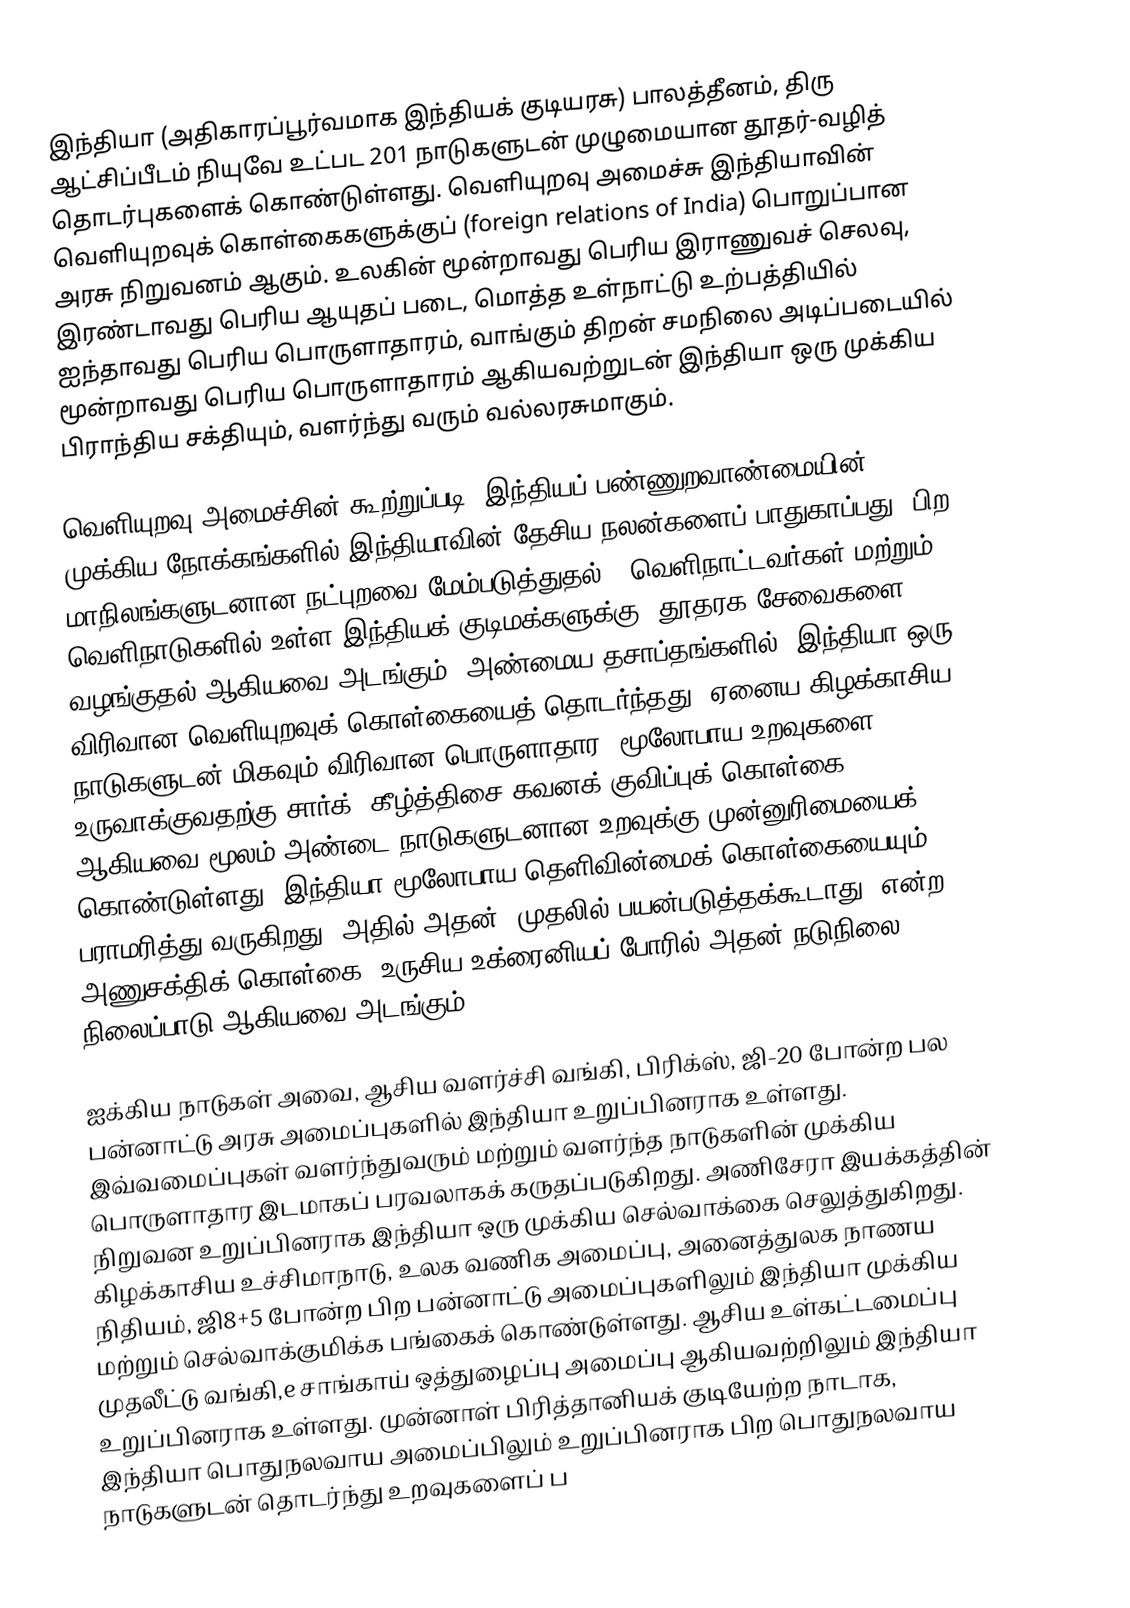
இந்தியா (அதிகாரப்பூர்வமாக இந்தியக் குடியரசு) பாலத்தீனம், திரு ஆட்சிப்பீடம் நியுவே உட்பட 201 நாடுகளுடன் முழுமையான தூதர்-வழித் தொடர்புகளைக் கொண்டுள்ளது. வெளியுறவு அமைச்சு இந்தியாவின் வெளியுறவுக் கொள்கைகளுக்குப் (foreign relations of India) பொறுப்பான அரசு நிறுவனம் ஆகும். உலகின் மூன்றாவது பெரிய இராணுவச் செலவு, இரண்டாவது பெரிய ஆயுதப் படை, மொத்த உள்நாட்டு உற்பத்தியில் ஐந்தாவது பெரிய பொருளாதாரம், வாங்கும் திறன் சமநிலை அடிப்படையில் மூன்றாவது பெரிய பொருளாதாரம் ஆகியவற்றுடன் இந்தியா ஒரு முக்கிய பிராந்திய சக்தியும், வளர்ந்து வரும் வல்லரசுமாகும்.

வெளியுறவு அமைச்சின் கூற்றுப்படி, இந்தியப் பண்ணுறவாண்மையின் முக்கிய நோக்கங்களில் இந்தியாவின் தேசிய நலன்களைப் பாதுகாப்பது, பிற மாநிலங்களுடனான நட்புறவை மேம்படுத்துதல், "வெளிநாட்டவர்கள் மற்றும் வெளிநாடுகளில் உள்ள இந்தியக் குடிமக்களுக்கு" தூதரக சேவைகளை வழங்குதல் ஆகியவை அடங்கும். அண்மைய தசாப்தங்களில், இந்தியா ஒரு விரிவான வெளியுறவுக் கொள்கையைத் தொடர்ந்தது. ஏனைய கிழக்காசிய நாடுகளுடன் மிகவும் விரிவான பொருளாதார, மூலோபாய உறவுகளை உருவாக்குவதற்கு சார்க், கீழ்த்திசை கவனக் குவிப்புக் கொள்கை ஆகியவை மூலம் அண்டை நாடுகளுடனான உறவுக்கு முன்னுரிமையைக் கொண்டுள்ளது. இந்தியா மூலோபாய தெளிவின்மைக் கொள்கையையும் பராமரித்து வருகிறது, அதில் அதன் "முதலில் பயன்படுத்தக்கூடாது" என்ற அணுசக்திக் கொள்கை, உருசிய-உக்ரைனியப் போரில் அதன் நடுநிலை நிலைப்பாடு ஆகியவை அடங்கும்.

ஐக்கிய நாடுகள் அவை, ஆசிய வளர்ச்சி வங்கி, பிரிக்ஸ், ஜி-20 போன்ற பல பன்னாட்டு அரசு அமைப்புகளில் இந்தியா உறுப்பினராக உள்ளது. இவ்வமைப்புகள் வளர்ந்துவரும் மற்றும் வளர்ந்த நாடுகளின் முக்கிய பொருளாதார இடமாகப் பரவலாகக் கருதப்படுகிறது. அணிசேரா இயக்கத்தின் நிறுவன உறுப்பினராக இந்தியா ஒரு முக்கிய செல்வாக்கை செலுத்துகிறது. கிழக்காசிய உச்சிமாநாடு, உலக வணிக அமைப்பு, அனைத்துலக நாணய நிதியம், ஜி8+5 போன்ற பிற பன்னாட்டு அமைப்புகளிலும் இந்தியா முக்கிய மற்றும் செல்வாக்குமிக்க பங்கைக் கொண்டுள்ளது. ஆசிய உள்கட்டமைப்பு முதலீட்டு வங்கி,e சாங்காய் ஒத்துழைப்பு அமைப்பு ஆகியவற்றிலும் இந்தியா உறுப்பினராக உள்ளது. முன்னாள் பிரித்தானியக் குடியேற்ற நாடாக, இந்தியா பொதுநலவாய அமைப்பிலும் உறுப்பினராக பிற பொதுநலவாய நாடுகளுடன் தொடர்ந்து உறவுகளைப் ப